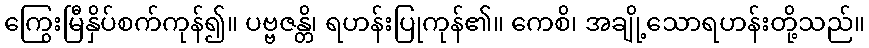
ကြွေးမြီနှိပ်စက်ကုန်၍။ ပဗ္ဗဇန္တိ၊ ရဟန်းပြုကုန်၏။ ကေစိ၊ အချို့သောရဟန်းတို့သည်။